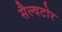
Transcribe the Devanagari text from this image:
सैल्वटोर